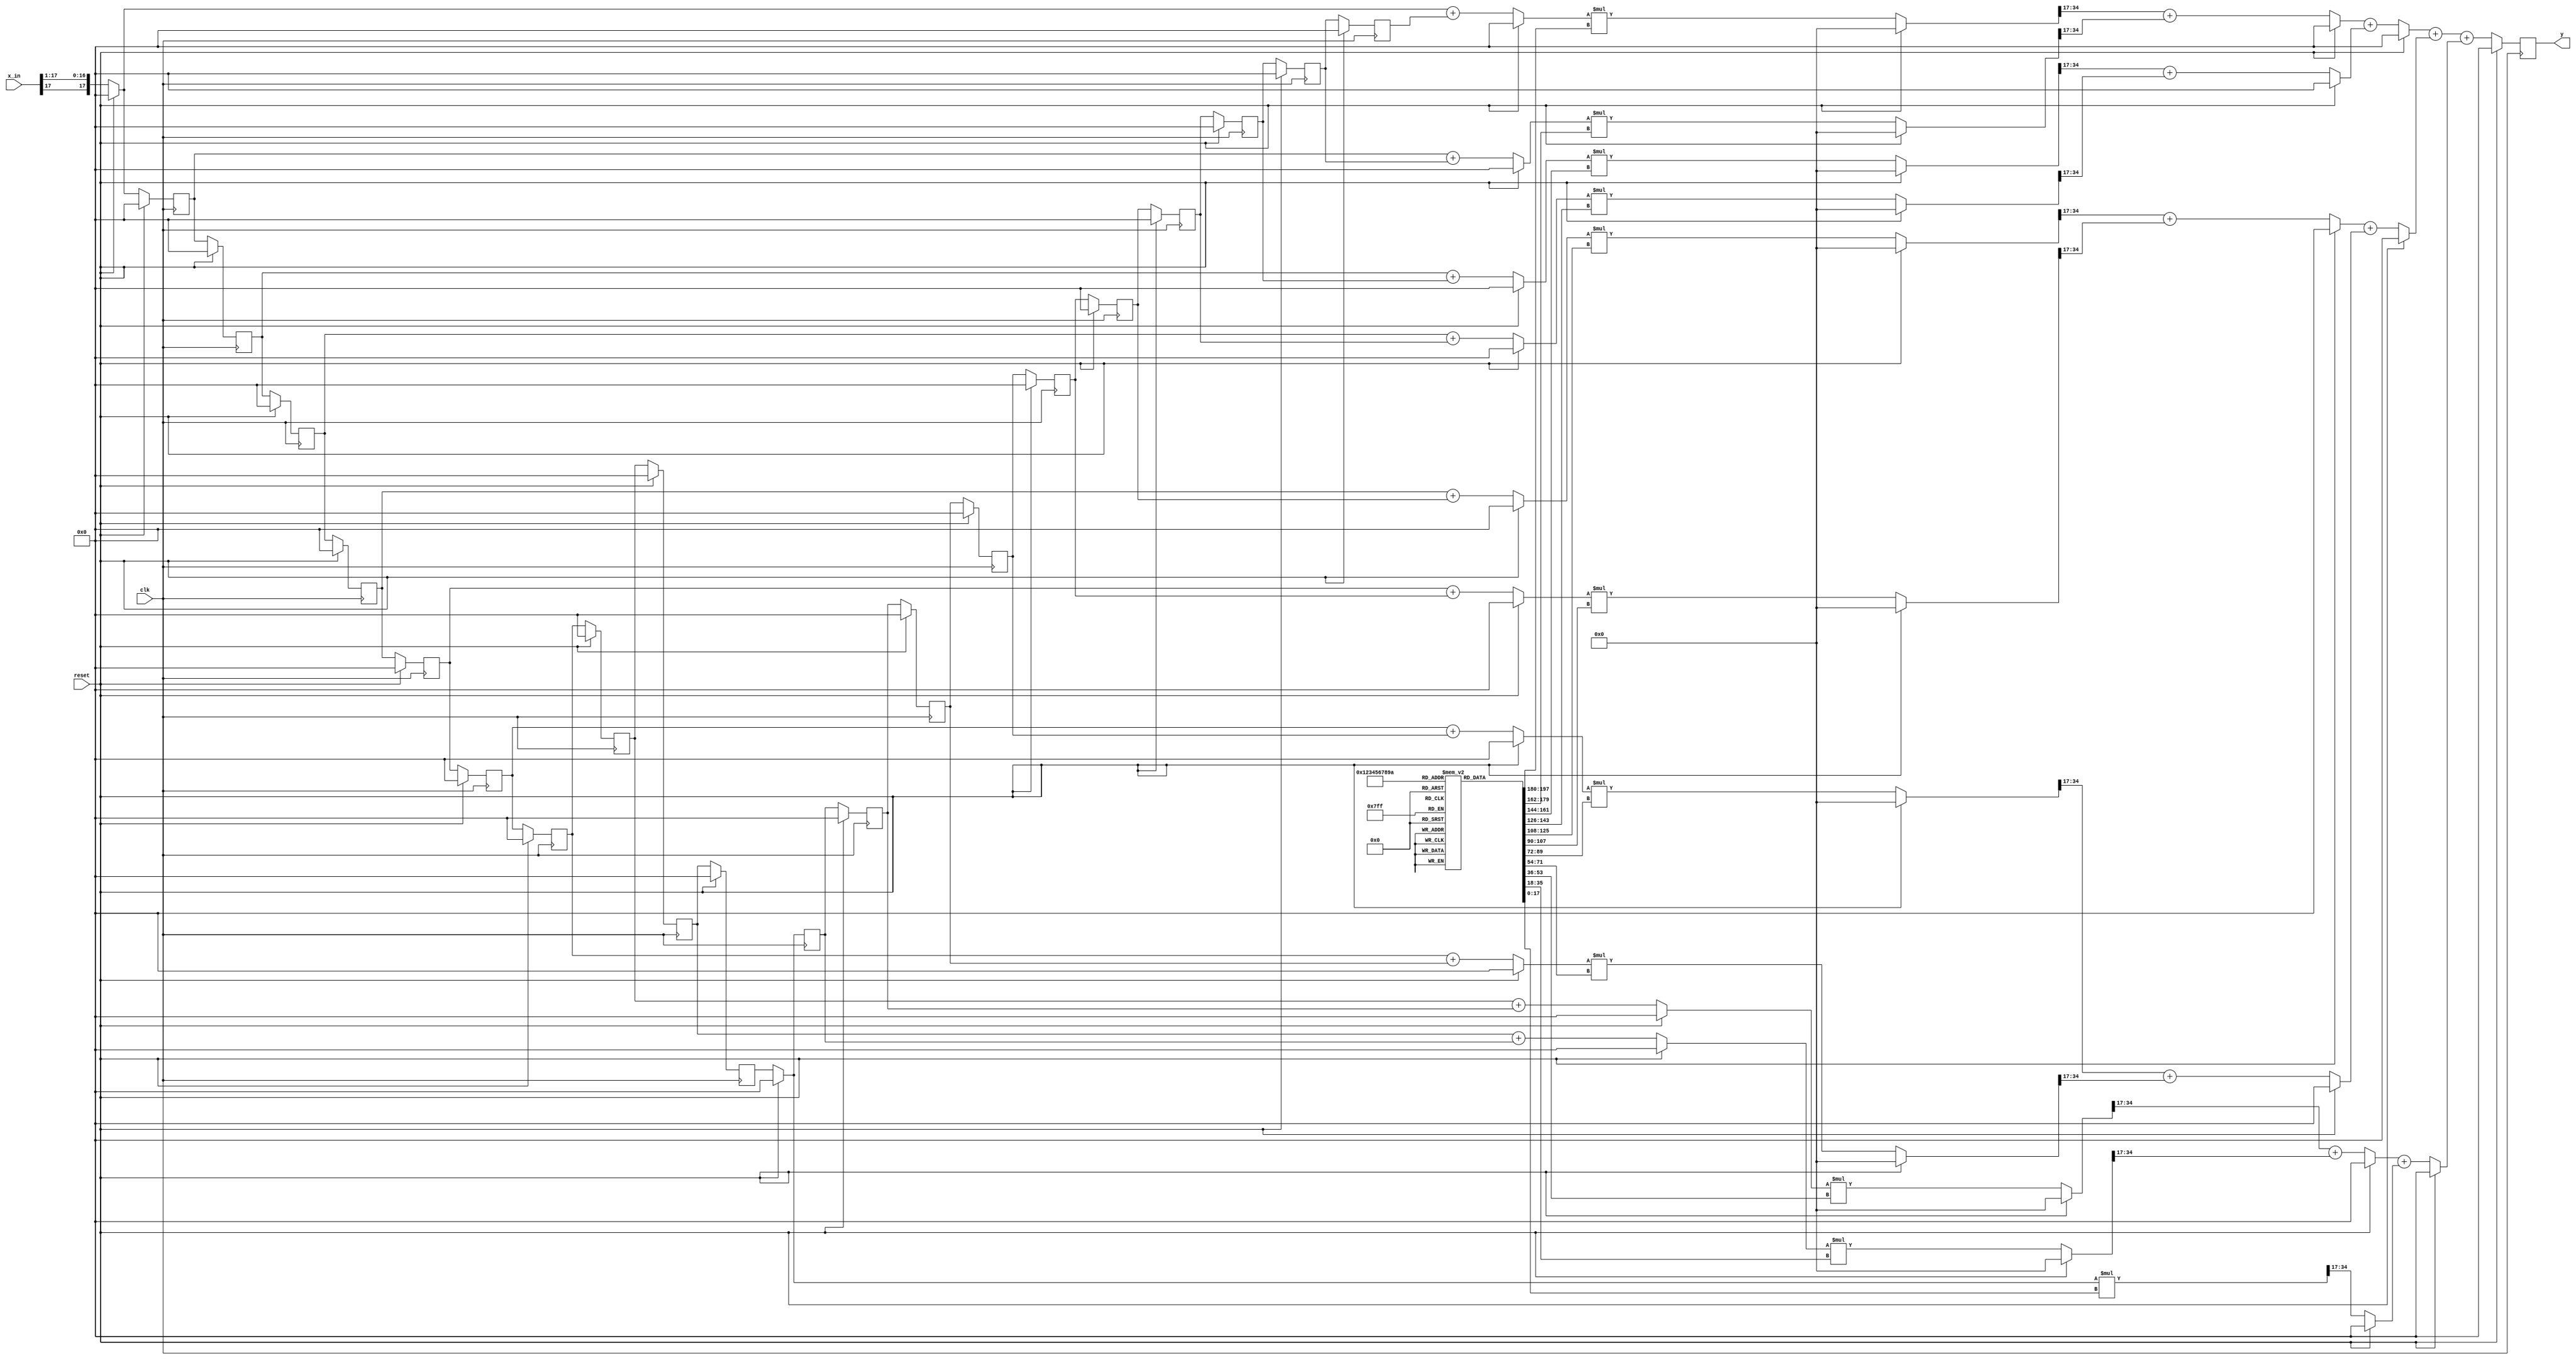
module RCV_filt (
          input clk, reset,
		   input signed [17:0] x_in,
		   output reg signed [17:0] y   );
			
/*
reg signed [17:0] b0, b1, b2, b3, b4, b5, b6, b7,
                  b8, b9, b10, b11, b12, b13, b14, b15;
reg signed [17:0] x0, x1, x2, x3, x4, x5, x6, x7, x8, x9,
                  x10, x11, x12, x13, x14, x15, x16, x17,
						x18, x19, 
						X20, X21, X2, X2, X2, X2, X2, 
						X2, X2, X2, 
*/
integer i;	
//coeff is 0s18
reg signed [17:0]	b[10:0];	
//input is 1s17			 
reg signed [17:0]	x[20:0];	
(* noprune *) reg signed [35:0] mult_out[10:0];
(* noprune *) reg signed [17:0] sum_level_1[10:0];
(* noprune *) reg signed [17:0] sum_level_2[5:0];
(* noprune *) reg signed [17:0] sum_level_3[2:0];
(* noprune *) reg signed [17:0] sum_level_4;


//sign extend input to prevent overflow in sum_level_1
//always @ (posedge clk)    //for quartus
always @ *  //for modelSim
    if (reset) begin
			x[0] = 18'sd0;
    end
    else begin
	    x[0] = $signed( {x_in[17], x_in[17:1]} ); 
    end

//x_in[i] is 2s16
always @ (posedge clk)
    if (reset) begin
        for(i=1; i<21;i=i+1)
            x[i] <= 18'sd0;
    end
    else begin
        for(i=1; i<21;i=i+1)
            x[i] <= $signed( x[i-1] ); 
    end


//1s17 + 1s17 will cause overflow for sum_lvl_1[i]
always @ *
    if (reset) begin
		 for(i=0;i<=9;i=i+1)
			  sum_level_1[i] = 18'sd0;
    end
    else begin
		 for(i=0;i<=9;i=i+1)
			  sum_level_1[i] = $signed(x[i])+$signed(x[20-i]);
    end

always @ *
    if (reset) sum_level_1[10] = 18'sd0;
	 else sum_level_1[10] = $signed(x[10]);


// always @ (posedge clk)
always @ *
    if (reset) begin
		 for(i=0;i<=10; i=i+1)
		 //should be 2s34 (2s16*0s18)
			  mult_out[i] = 35'sd0;
    end
    else begin
		 for(i=0;i<=10; i=i+1)
		 //should be 2s34 (2s16*0s18)
			  mult_out[i] = $signed(sum_level_1[i]) * $signed(b[i]);
    end

//coeffs are 0s17, x[i] is 2s16
always @ *
    if (reset) begin
		 for(i=0;i<=4;i=i+1)
			  sum_level_2[i] = 18'sd0;
    end
    else begin
		 for(i=0;i<=4;i=i+1)
			  sum_level_2[i] = $signed( mult_out[2*i][34:17] ) + $signed( mult_out[2*i+1][34:17] );
    end

always @ *
    if (reset) sum_level_2[5] = 18'sd0;
	 else sum_level_2[5] = $signed(mult_out[10][34:17]);
    
always @ *
    if (reset) begin
		 for(i=0;i<=2;i=i+1)
			  sum_level_3[i] = 18'sd0;
    end
    else begin
		 for(i=0;i<=2;i=i+1)
			  sum_level_3[i] = $signed(sum_level_2[2*i]) + $signed(sum_level_2[2*i+1]);
    end
			
always @ *
    if (reset) sum_level_4 = 18'sd0;
	 else sum_level_4 = $signed(sum_level_3[0]) + $signed(sum_level_3[1]) + $signed(sum_level_3[2]);
    

always @ (posedge clk)
    if (reset) y = 18'sd0;
	 else y = $signed(sum_level_4);

	
//always @ *	//<- Don't use this especially in modelsim
initial
   begin

	b[0] = 18'sd2817;
	b[1] = 18'sd4060;
	b[2] = 18'sd2289;
	b[3] = -18'sd2373;
	b[4] = -18'sd7348;
	b[5] = -18'sd8574;
	b[6] = -18'sd2772;
	b[7] = 18'sd10263;
	b[8] = 18'sd26830;
	b[9] = 18'sd40696;
	b[10] = 18'sd46096;

   end

/* for debugging
always@ *
for (i=0; i<=15; i=i+1)
if (i==15) % center coefficient
b[i] = 18'sd 131071; % almost 1 i.e. 1-2^(17)
else b[i] =18'sd0; % other than center coefficient
*/

/* for debugging
always@ *
for (i=0; i<=15; i=i+1)
 b[i] =18'sd 8192; % value of 1/16
*/
endmodule